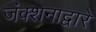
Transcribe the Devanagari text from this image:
जंक्शनाद्वारे